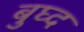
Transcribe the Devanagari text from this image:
बुघ्‍द